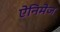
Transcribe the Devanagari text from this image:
ऐनिमेज